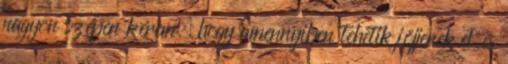
nagyon szépen kérem, hogy amennyiben tehetik jöjjenek el és